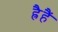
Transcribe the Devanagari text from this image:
ह्रैहैं